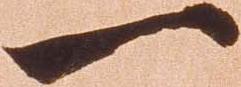
一